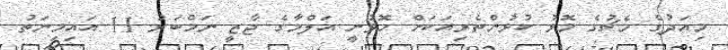
މިއަދުގެ މެޗުގެ މޮޅު ކުޅުންތެރިއަކަށް ހޮވުނީ އަލްމާގެ ޖާޒީ ނަމްބަރު 11 އައިމިނަތު